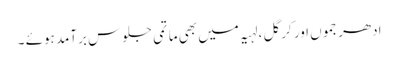
ادھر جموں اور کرگل ،لہیہ میں بھی ماتمی جلوس برآمد ہوئے ۔